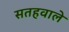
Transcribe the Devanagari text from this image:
सतहवाले